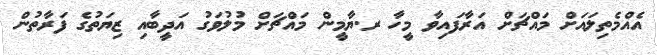
އެއްމެތިލައަށް މައްޗަށް އަރާފައިވާ މީހާ ރ.ޔާމީން މައްޗަށް މުލުވަގު އަދީބާއި ޒިޔަތުގެ ފަރާތުން